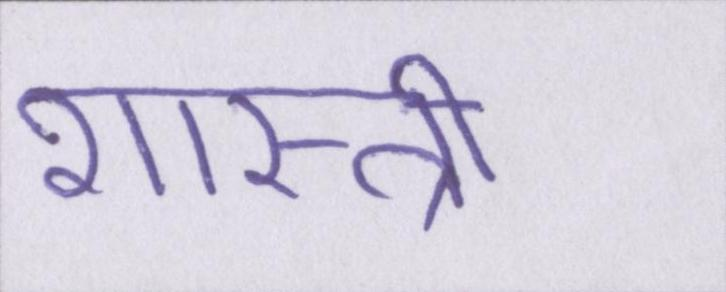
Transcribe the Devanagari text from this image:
शास्त्री